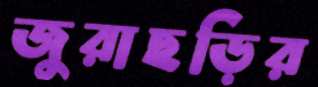
জুরাছড়ির